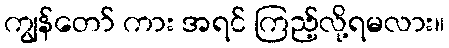
ကျွန်တော် ကား အရင် ကြည့်လို့ရမလား။